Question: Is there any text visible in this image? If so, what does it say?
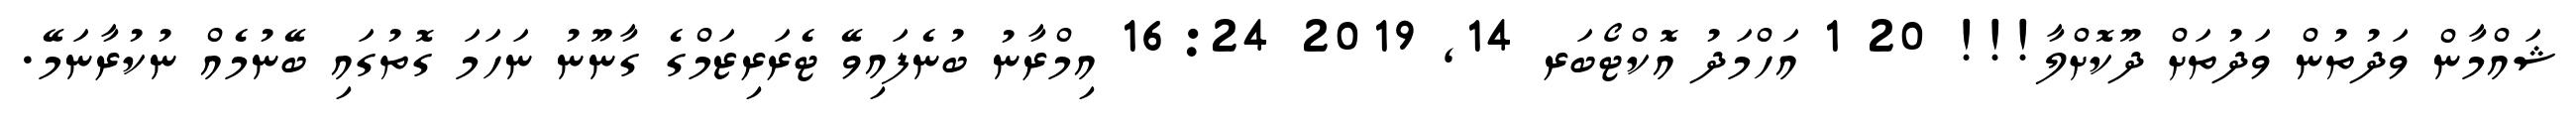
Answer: ޝައްމާން ވަދުތުން ވަދުތަށް ދޫކޮށްލާ!!! 20 1 އަހްމަދު އޮކްޓޯބަރ 14, 2019 16:24 އިމްރާނު ބުނެފައިވޭ ޓެރަރިޒަމްގެ ގާނޫނު ނަހަމަ ގޮތުގައި ބޭނުމެއް ނުކުރާނަމޭ.